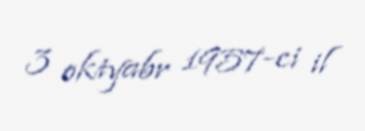
3 oktyabr 1957-ci il